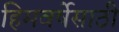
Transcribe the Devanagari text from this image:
हिमवर्षेसाठी